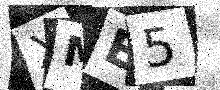
Text: XME5